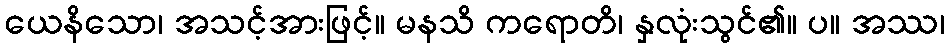
ယေနိသော၊ အသင့်အားဖြင့်။ မနသိ ကရောတိ၊ နှလုံးသွင်၏။ ပ။ အဿ၊